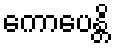
ကောပေန္တိ